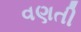
વણતી